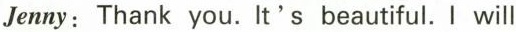
Jenny:Thank you. It's beautiful. I will